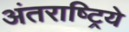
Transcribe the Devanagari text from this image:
अंतराष्ट्रिये